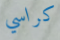
كراسي